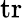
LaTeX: \textrm{tr}